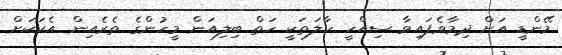
މޭންޑީ އަށް ދިމާވެފައިވާ ސިއްހީ ހާލަތަކީ ހަތް ބިލިއަން މީހުންގެ ތެރެއިން އެކަކަށް